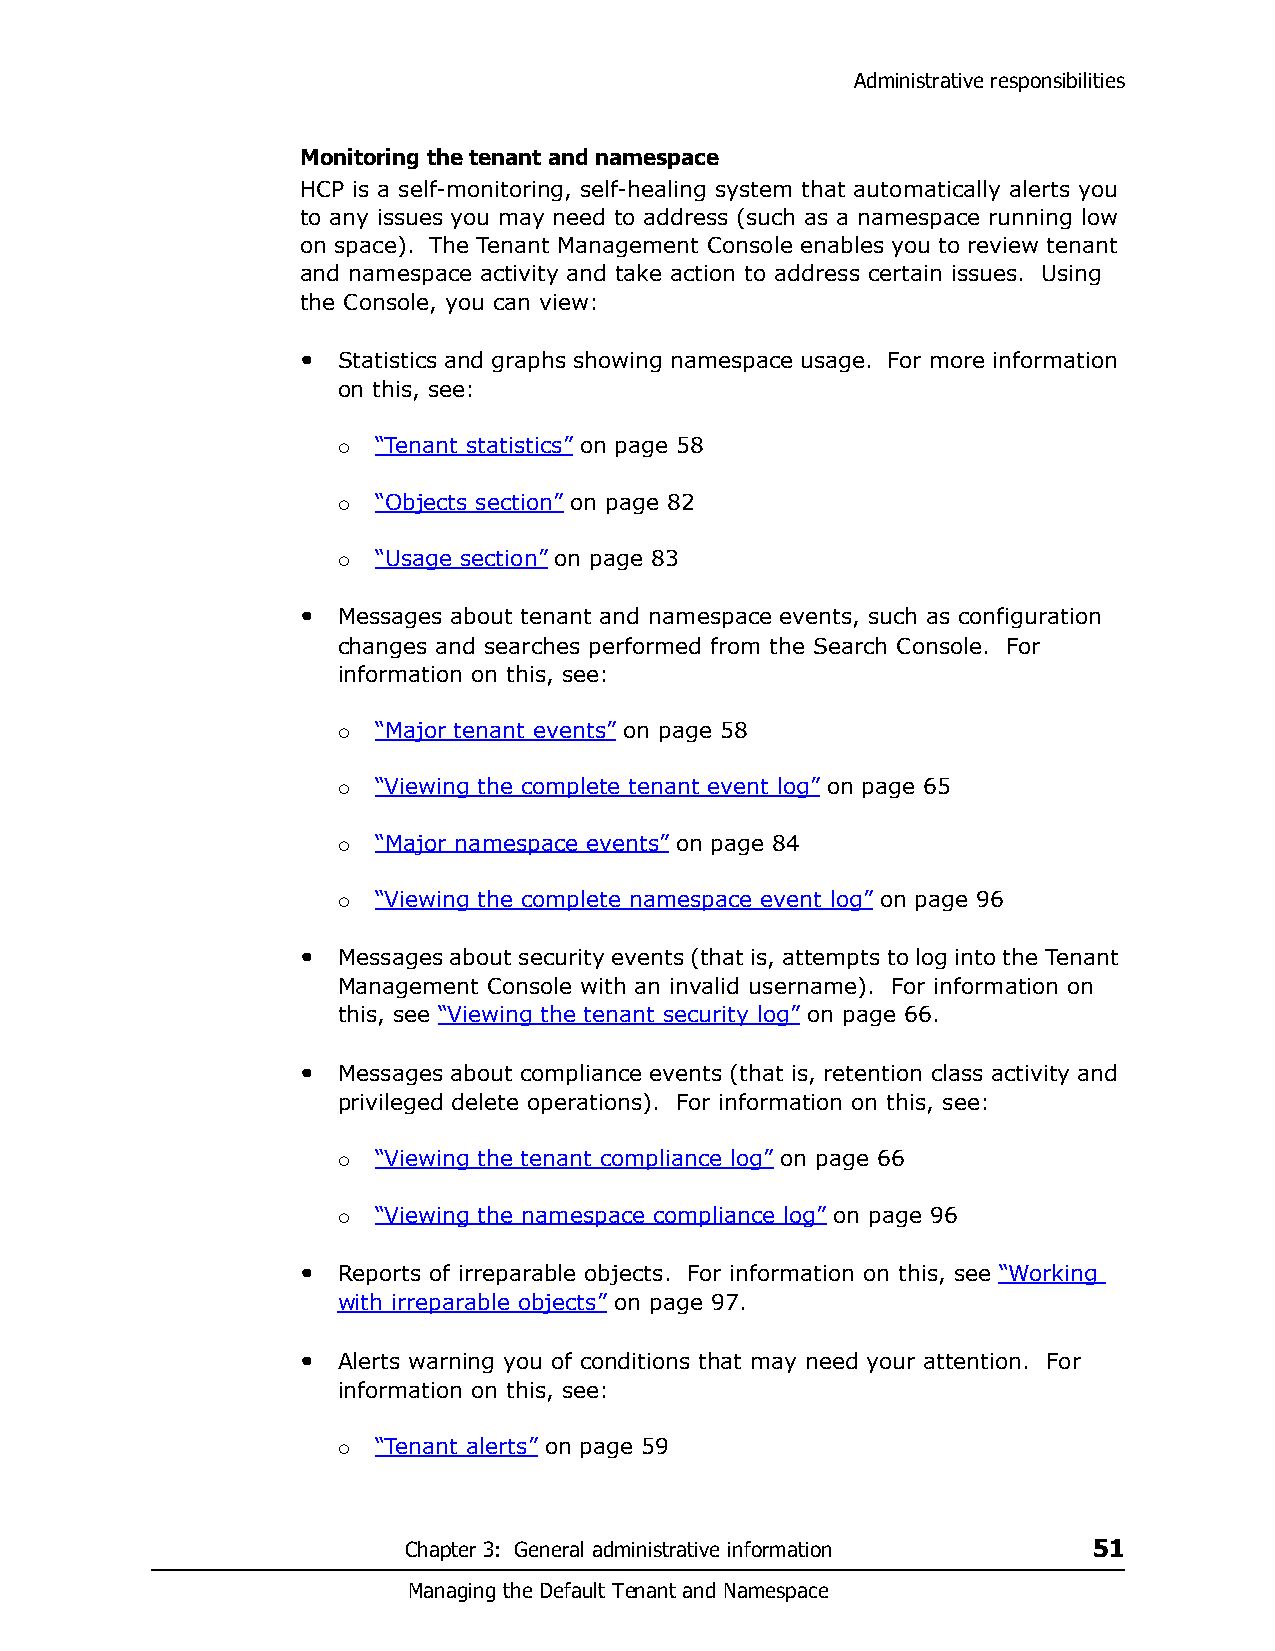
Administrative responsibilities
 Monitoring the tenant and namespace
 HCP is a self-monitoring, self-healing system that automatically alerts you
 to any issues you may need to address (such as a namespace running low
 on space). The Tenant Management Console enables you to review tenant
 and namespace activity and take action to address certain issues. Using
 the Console, you can view:
 • Statistics and graphs showing namespace usage. For more information
 on this, see:
 “Tenant statistics” on page 58
 
 “Objects section” on page 82
 
 “Usage section” on page 83
 
 • Messages about tenant and namespace events, such as configuration
 changes and searches performed from the Search Console. For
 information on this, see:
 “Major tenant events” on page 58
 
 “Viewing the complete tenant event log” on page 65
 
 “Major namespace events” on page 84
 
 “Viewing the complete namespace event log” on page 96
 
 • Messages about security events (that is, attempts to log into the Tenant
 Management Console with an invalid username). For information on
 this, see “Viewing the tenant security log” on page 66.
 • Messages about compliance events (that is, retention class activity and
 privileged delete operations). For information on this, see:
 “Viewing the tenant compliance log” on page 66
 
 “Viewing the namespace compliance log” on page 96
 
 • Reports of irreparable objects. For information on this, see “Working
 with irreparable objects” on page 97.
 • Alerts warning you of conditions that may need your attention. For
 information on this, see:
 “Tenant alerts” on page 59
 
 Chapter 3: General administrative information 51
 Managing the Default Tenant and Namespace